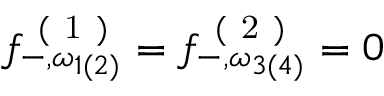
{ f } _ { - , \omega _ { 1 ( 2 ) } } ^ { \mathrm { ~ ( ~ 1 ~ ) ~ } } = { f } _ { - , \omega _ { 3 ( 4 ) } } ^ { \mathrm { ~ ( ~ 2 ~ ) ~ } } = 0